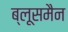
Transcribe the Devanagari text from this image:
ब्लूसमैन